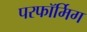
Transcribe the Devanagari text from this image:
परफॉर्मिग